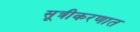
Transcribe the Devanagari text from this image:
सूत्रीकरणात